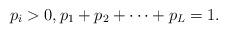
LaTeX: \begin{align*} p_i >0,p_1+p_2+\cdots+p_L=1. \end{align*}